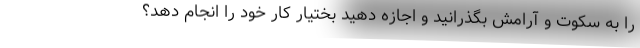
را به سکوت و آرامش بگذرانید و اجازه دهید بختیار کار خود را انجام دهد؟